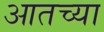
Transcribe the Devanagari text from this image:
आतच्या